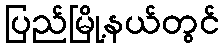
ပြည်မြို့နယ်တွင်